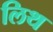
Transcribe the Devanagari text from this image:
लिथ